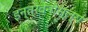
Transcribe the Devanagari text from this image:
इन्त्रवेनौस्ल्य